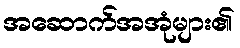
အဆောက်အအုံများ၏